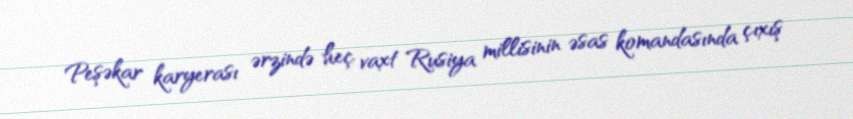
Peşəkar karyerası ərzində heç vaxt Rusiya millisinin əsas komandasında çıxış